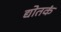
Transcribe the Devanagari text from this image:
द्योतकं